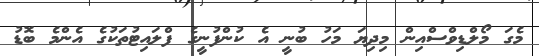
މެގަ މޯލްޑިވްސްއިން މިދިޔަ މަހު ބުނީ އެ ކުންފުނީގެ ފްލައިޓުތަކުގެ އެންމެ ބޮޑު